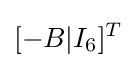
[-B|I_{6}]^{T}